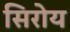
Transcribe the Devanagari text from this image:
सिरोय